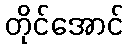
တိုင်အောင်